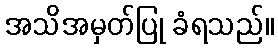
အသိအမှတ်ပြု ခံရသည်။